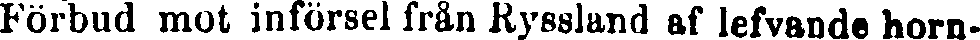
Förbud mot införsel från Ryssland af lefvande horn-